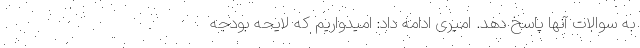
به سوالات آنها پاسخ دهد. امیری ادامه داد: امیدواریم که لایحه بودجه